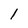
Character: l